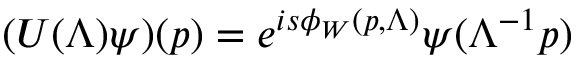
( U ( \Lambda ) \psi ) ( p ) = e ^ { i s \phi _ { W } ( p , \Lambda ) } \psi ( \Lambda ^ { - 1 } p )